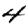
Digit: 4